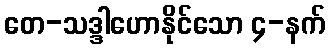
တေ-သဒ္ဒါဟောနိုင်သော ၄-နက်